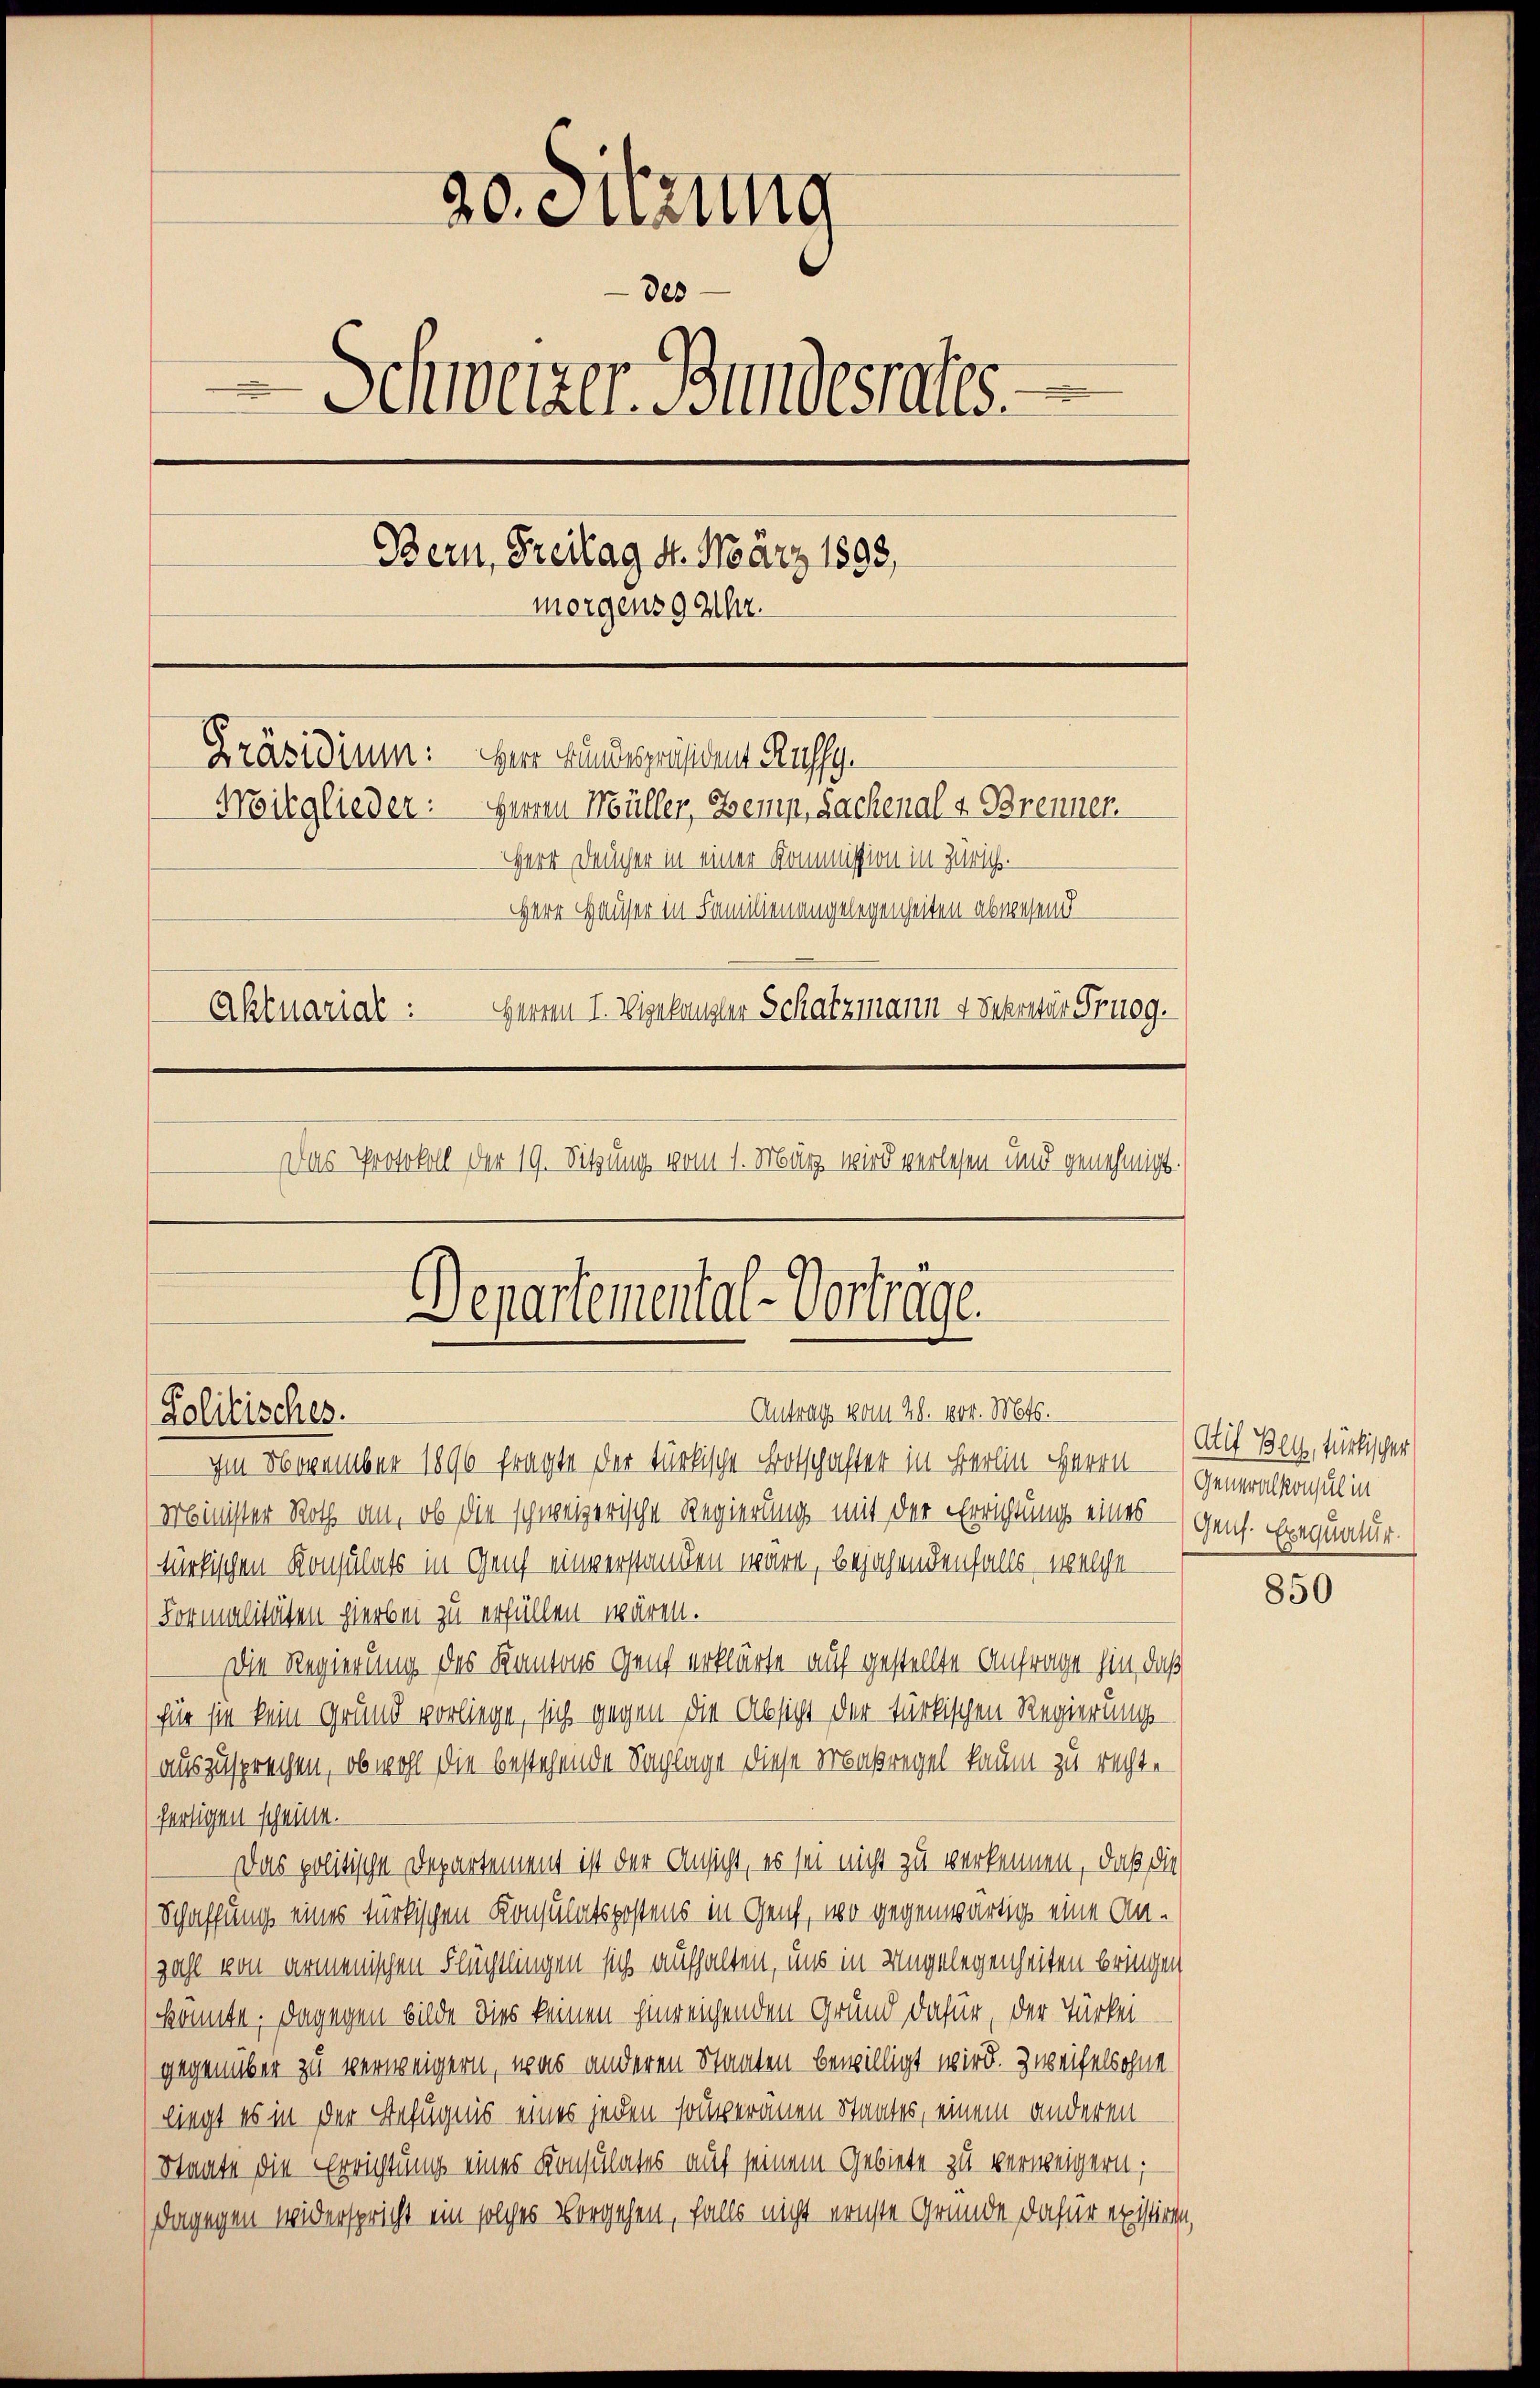
20. Fuzung
des
 Schweizer Bundesrates.
Bern, Freitag 4. März 1893,
morgens 9 Uhr.
Präsidium: Herr Bundespräsiden Rufsy¬
Herren Müller, Bemp, Sachenal 4 Brenner.
Mitglieder:
Herr Feucher in einer Kommission in Zürich.
Herr Hauser in Familienangelegenheiten abwesend
Herren I. Wigelangler Schatzmann 4 Sekretär Prüeg.
Aktuarial:
Das Protokoll der 19. Sitzung vom 1. März wird verlesen und genehmigt.

Departemental-Vorträge
Antrag vom 28. 104. Mts.
Politisches.

Im November 1890 fragte der türkische Botschafter in Berlin waren — Generalkonsul in
Minister Roth an, ob die schweizerische Regierung mit der Errichtung eines — (Genf. Exequatur-
türkischen Konsulats in Genf einverstanden wäre, bejahendenfalls, welche
Formalitäten hierbei zu erfüllen wären.
Die Regierung des Kantons Genf erklärte auf gestellte Anfrage hin, daß
(für sie kein Grund vorliege, sich gegen die Absicht der türkischen Regierungsauszusprechen, ob wohl die bestehende Sachlage diese Maßregel kaum zu recht.
fertigen scheinen.
Das politische Departement ist der Ansicht, es sei nicht zu verkennen, daß die
Schaffung eines türkischen Konsulatspostens in Genf, wo gegenwärtig eine Anzahl von armenischen Flüchtlingen sich aufhalten, uns in Ungelegenheiten bringen
konnte. Dagegen bilde dies keinen hinreichenden Grund dafür, der Türkei
gegenüber zu verweigern, was anderen Staaten bewilligt wird. Zweifelsohne
liegt es in der Befugnis eines jeden solleranen Staates, einem anderen
Staate die Errichtung eines Konsulates auf seinem Gebiete zu verweigern;
dagegen widerspricht ein solches Vorgehen, falls nicht ernste Gründe dafür existiren,

Atif Bey, türkischen

850